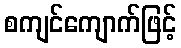
စကျင်ကျောက်ဖြင့်